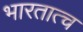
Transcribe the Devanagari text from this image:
भारतात्च